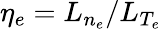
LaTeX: \eta_{e}=L_{n_{e}}/L_{T_{e}}